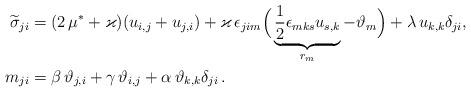
LaTeX: \begin{align*}\widetilde{\sigma}_{ji} &=(2\,\mu^*+\varkappa) ( u_{i,j}+u_{j,i})+\varkappa \, \epsilon_{jim}\Big(\underbrace{\frac{1}{2}\epsilon_{mks}u_{s,k}}_{r_m}-\vartheta_m\Big)+\lambda \, u_{k,k}\delta_{ji},\\*m _{ji}&=\beta \,\vartheta_{j,i}+\gamma\, \vartheta_{i,j}+ \alpha \, \vartheta_{k,k}\delta_{ji} \, .\end{align*}